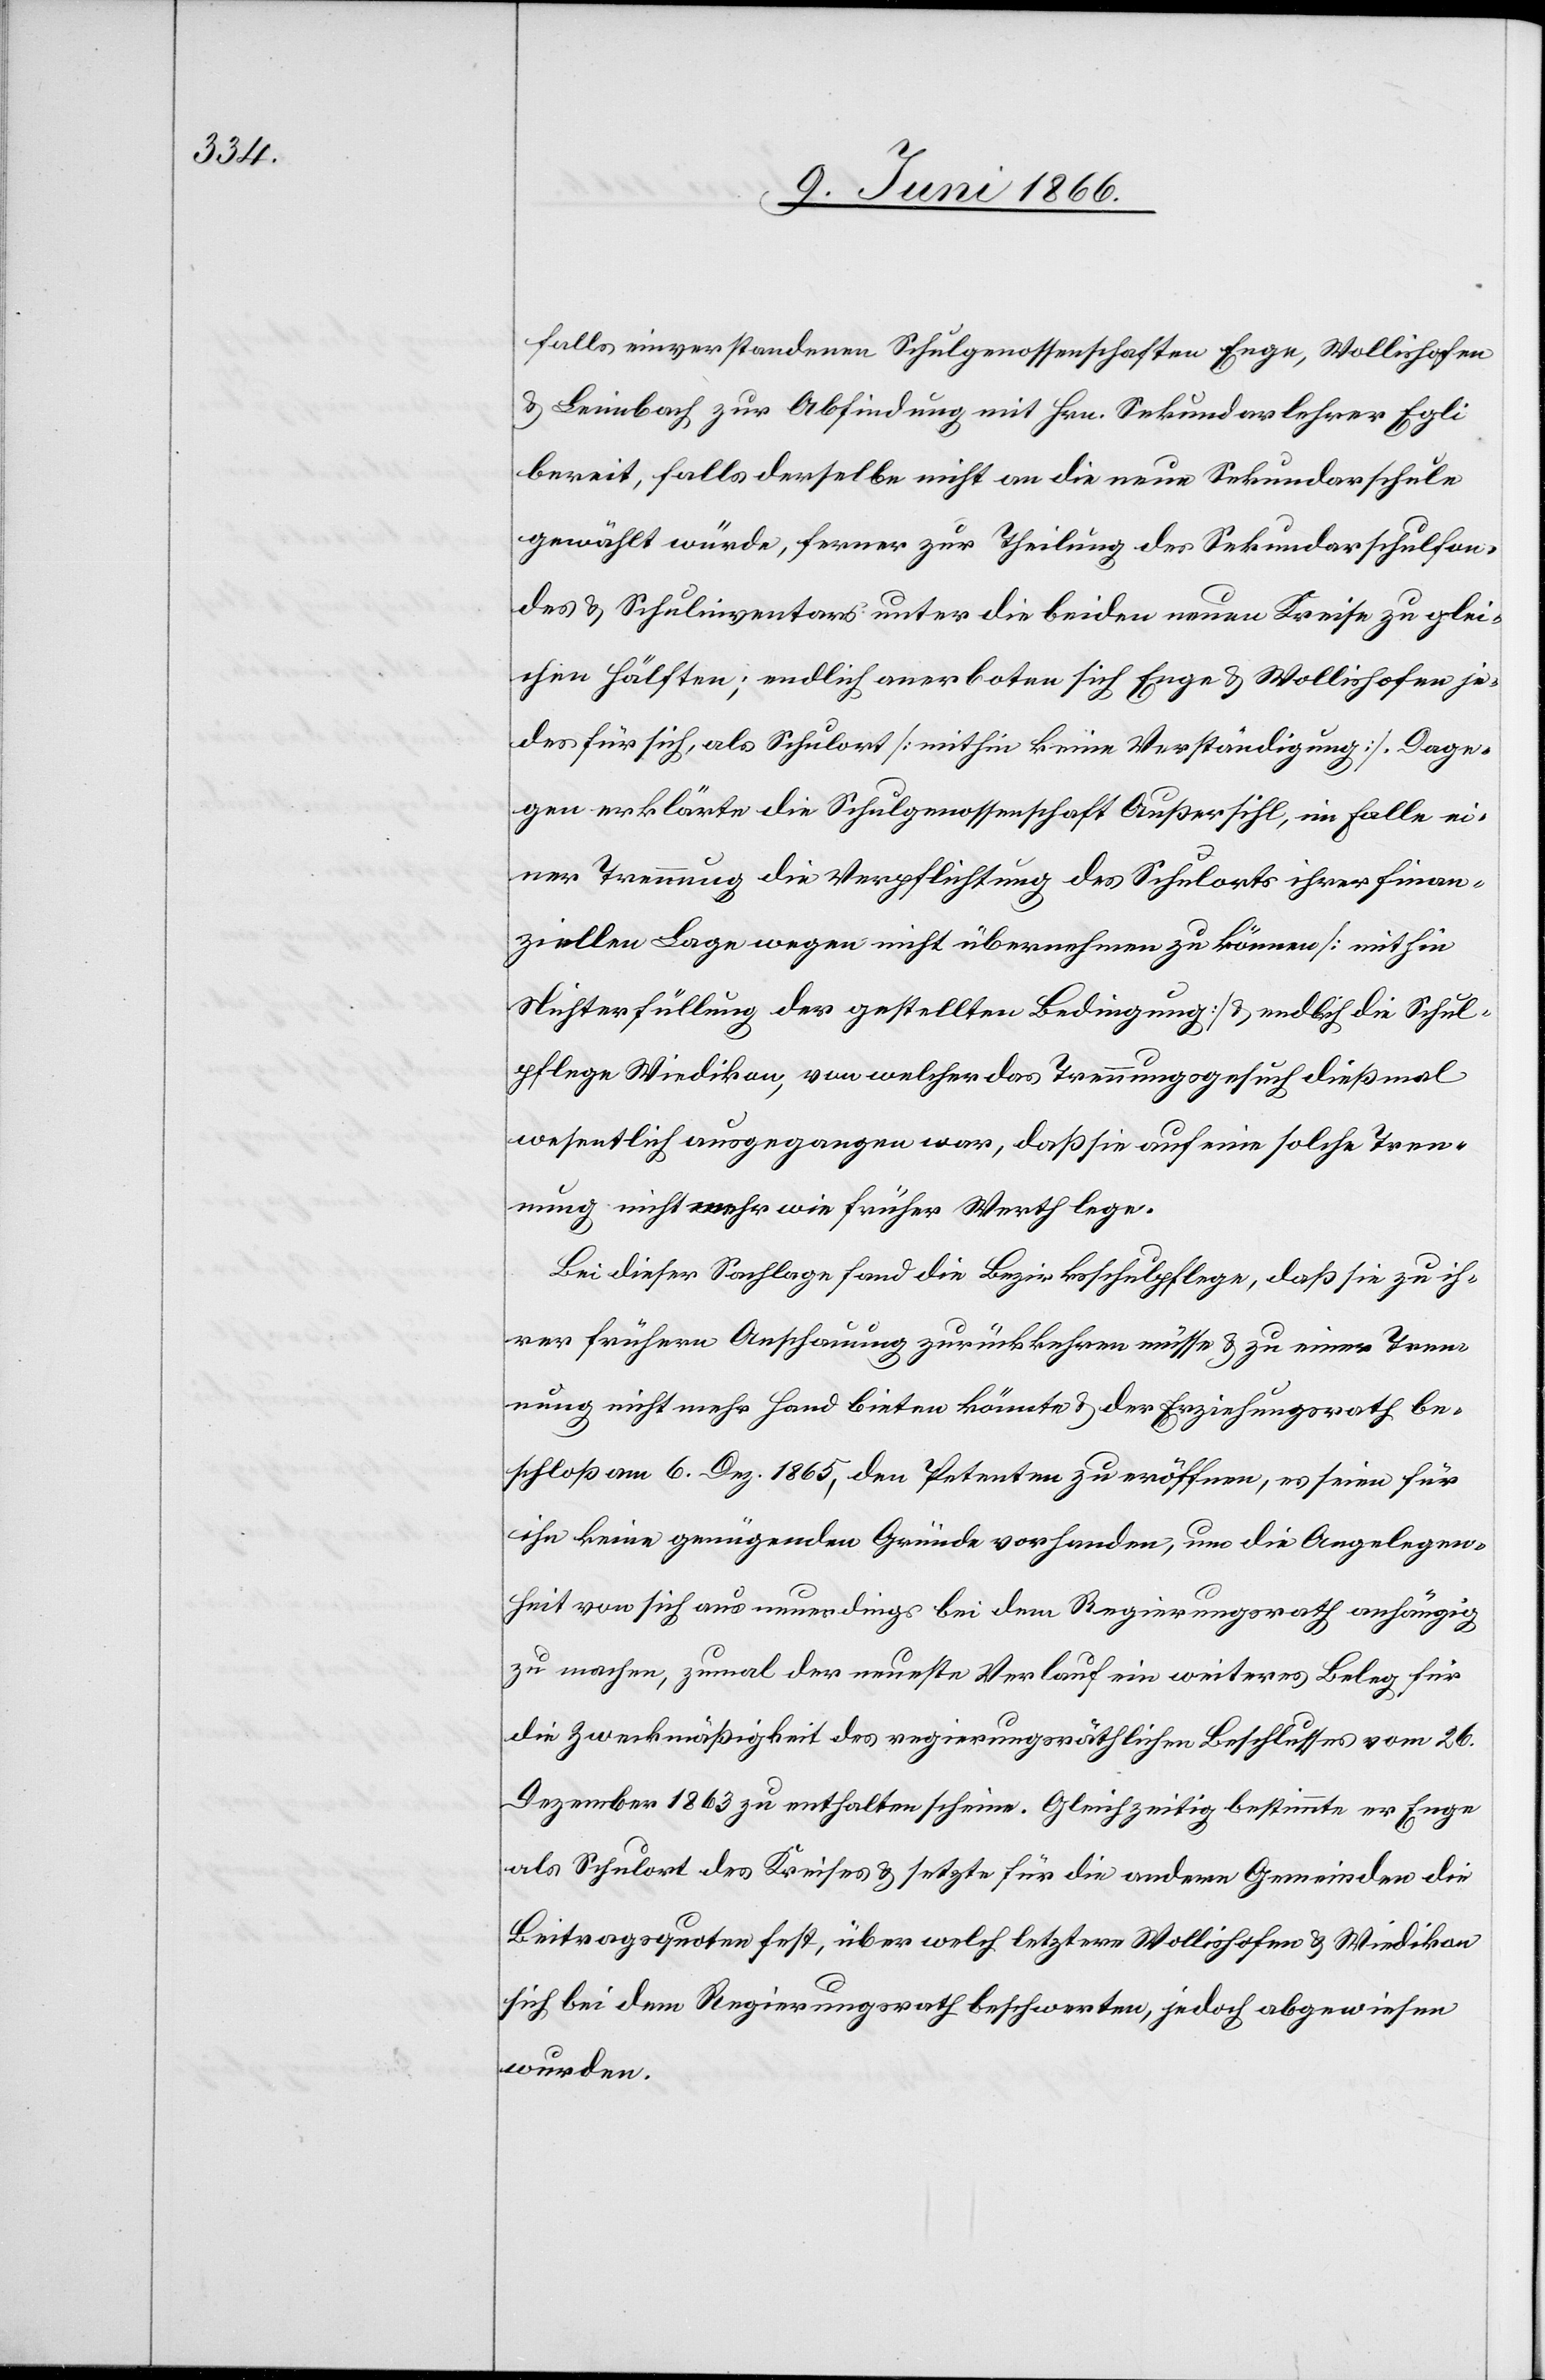
einverstandenen Schulgenossenschaften Enge, Wollishofen
u. Leimbach zur Abfindung mit Hrn. Sekundarlehrer Egli
bereit, falls derselbe nicht an die neue Sekundarschule
gewählt würde, ferner zur Theilung des Sekundarschulfon¬
des u. Schulinventars unter die beiden neuen Kreise zu glei¬
chen Hälften; endlich anerboten sich Enge u. Wollishofen je¬
des für sich, als Schulort [mithin keine Verständigung]. Dage¬
gen erklärte die Schulgenossenschaft Außersihl, im Falle ei¬
ner Trennung die Verpflichtung des Schulorts ihrer finan¬
ziellen Lage wegen nicht übernehmen zu können [mithin
Nichterfüllung der gestellten Bedingung] u. endlich die Schul¬
pflege Wiedikon, von welcher das Trennungsgesuch dießmal
wesentlich ausgegangen war, daß sie auf eine solche Tren¬
nung nicht mehr wie früher Werth lege.
Bei dieser Sachlage fand die Bezirksschulpflege, daß sie zu ih¬
rer frühern Anschauung zurückkehren müsse u. zu einer Tren¬
nung nicht mehr Hand bieten könnte u. der Erziehungsrath be¬
schloß am 6. Dez. 1865, den Petenten zu eröffnen, es seien für
ihn keine genügenden Gründe vorhanden, um die Angelegen¬
heit von sich aus neuerdings bei dem Regierungsrath anhängig
zu machen, zumal der neueste Verlauf ein weiteres Beleg
die Zweckmäßigkeit des regierungsräthlichen Beschlusses vom 26.
Dezember 1863 zu enthalten scheine. Gleichzeitig bestimmte er Enge
als Schulort des Kreises u. setzte für die andern Gemeinden die
Beitragsquote fest, über welch letztere Wollishofen u. Wiedikon
sich bei dem Regierungsrath beschwerten, jedoch abgewiesen
wurden.